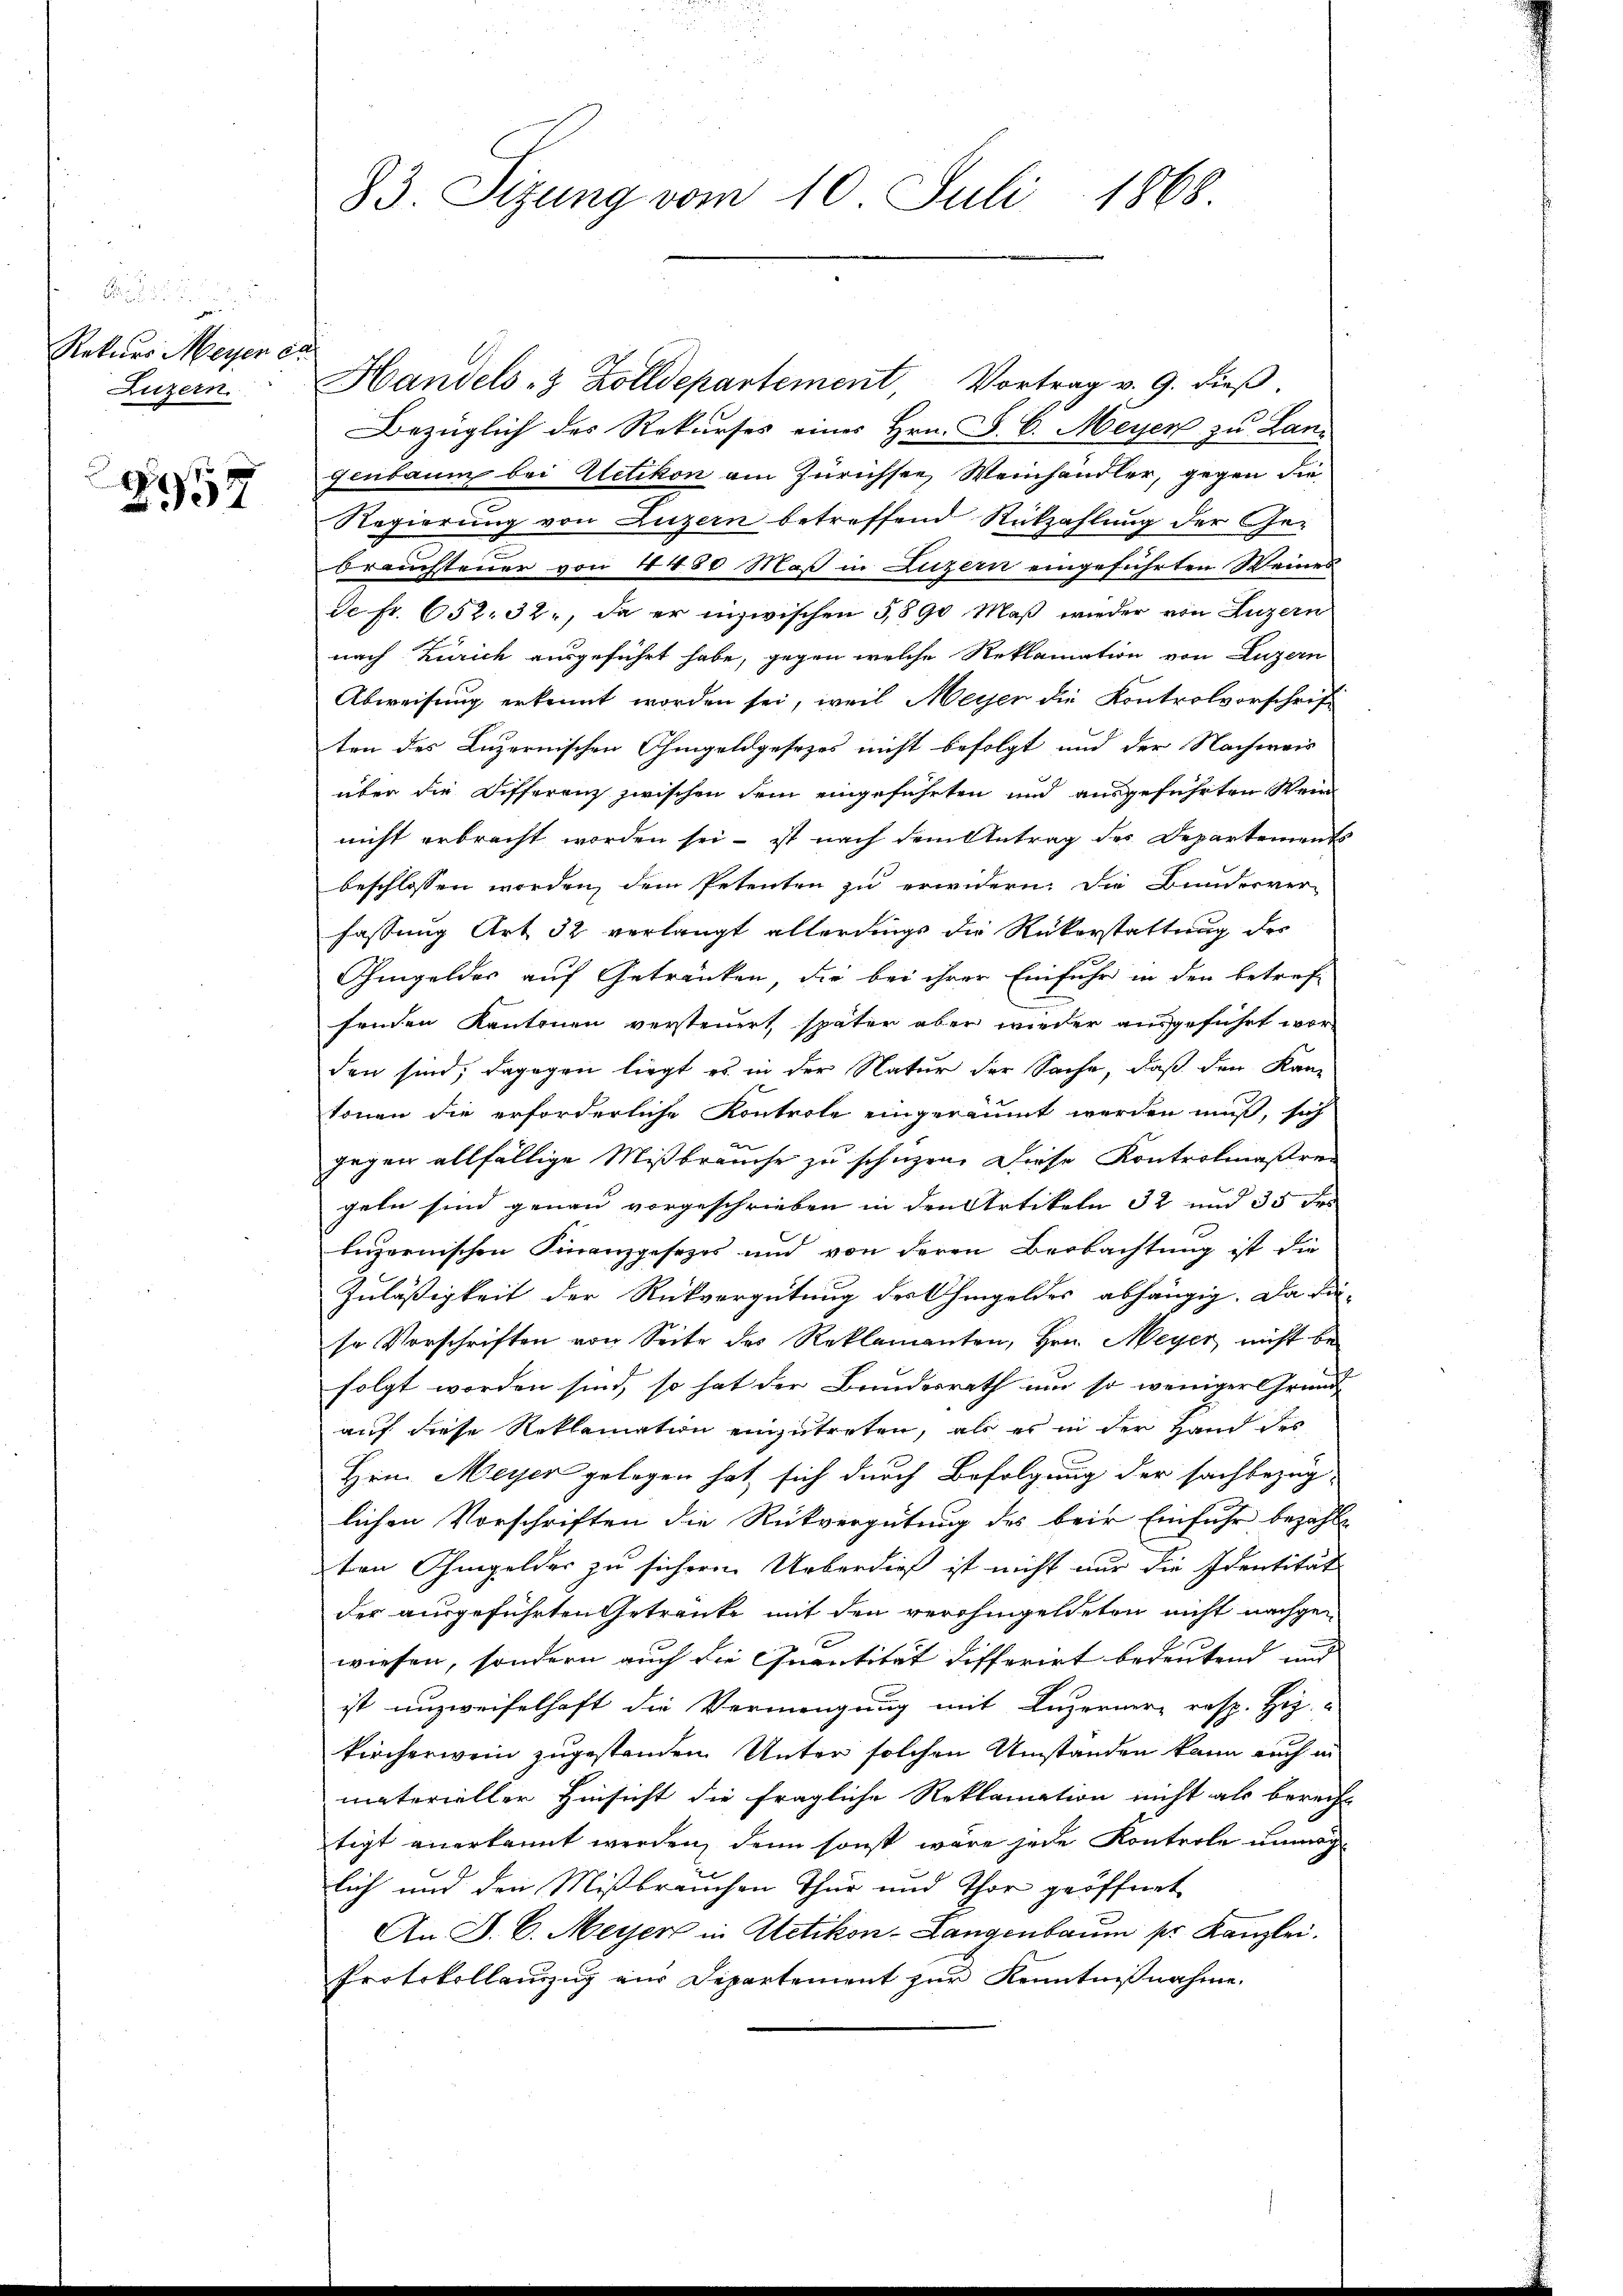
Rekurs Meyen er
Luzern.

1
357

83. Sizung vom 10. Juli 1868

Handels- & Zolldepartement Vortrag v. 9. dieß.
Bezüglich des Rekurses eines Hrn. F. C. Meyer zu Lan
genbaum bei Uetikon am Zürichsee, Weinhändler, gegen die
Regierung von Luzern betreffend Rückzahlung der Ge-
brauchteuer von 4480 Maß in Luzern eingeführten Weines
de fr. 652. 32., da er inzwischen 5890 Maß wieder von Luzern
nach Zürich ausgeführt habe, gegen welche Reklamation von Luzern
Abweisung erkennt worden sei, weil Meyer die Kontrolvorschrift
ten des Luzernischen Ohmgeldgesezes nicht befolgt und der Nachmeis
über die Differenz zwischen sein eingeführten und ausgeführten Wein
nicht erbracht worden sei - ist nach dem Antrag des Departements
beschlossen worden, dem Petenten zu erwidern. Die Bunderver-
fassung Art 32 verlangt allerdings die Rükerstattung des
hmgeldes auf Getränken, die bei ihrer Einfuhr in den betreffenden Kantonen versteuert, später aber wieder ausgeführt worden sind; dagegen liegt es in der Natur der Sache, daß den Kan-
tonen die erforderliche Kontrole eingeräumt werden muß, sich
gegen allfällige Mißbrauche zu schuzen. Diese Kontrolmaßreg
geln sind genau vorgeschrieben in den Artikeln 32 und 35 Fr
luzernischen Finanzgesezes und von deren Beobachtung ist die
Zuläßigkeit der Rückvergütung des Ohmgeldes abhängig. Da die-
so Vorschriften von Seite des Reklamanten, Hrn. Meyer nicht befolgt worden sind, so hat der Bundesrath und so weniger Grund-
auf diese Reklamation einzutreten, als es in der Hand des
Hrn. Meyer gelegen hat sich durch Befolgung der sachbezüg-
lichen Vorschriften die Rückvergütung des beir Einfuhr bezahle
ten Ohmgelder zu sicheren Ueberdieß ist nicht nur die Identität
der ausgeführten Getranke mit den verohingeldeten nicht nachgewiesen, sondern auch die Quantität differirt bedeutend und |
ist unzweifelhaft die Vermengung mit Luzerner resp. He
kircherwein zugestenden Unter solchen Umstanden kann auch in
materieller Hinsicht die fragliche Reklamation nicht als berecht
tigt anerkannt werden, denn sonst wäre jede Kontrole unmöglich und den Mißbräuchen Thur und Thor geöffnet
An A. E. Meyer in Uetikon-Langenbaum pr. Kanzlei.
Protokollauszug ein Departement zur Kenntnißnahme.